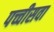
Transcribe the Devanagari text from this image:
पच्चीसवा